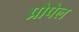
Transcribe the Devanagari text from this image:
प्रोपेल